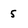
Character: 5